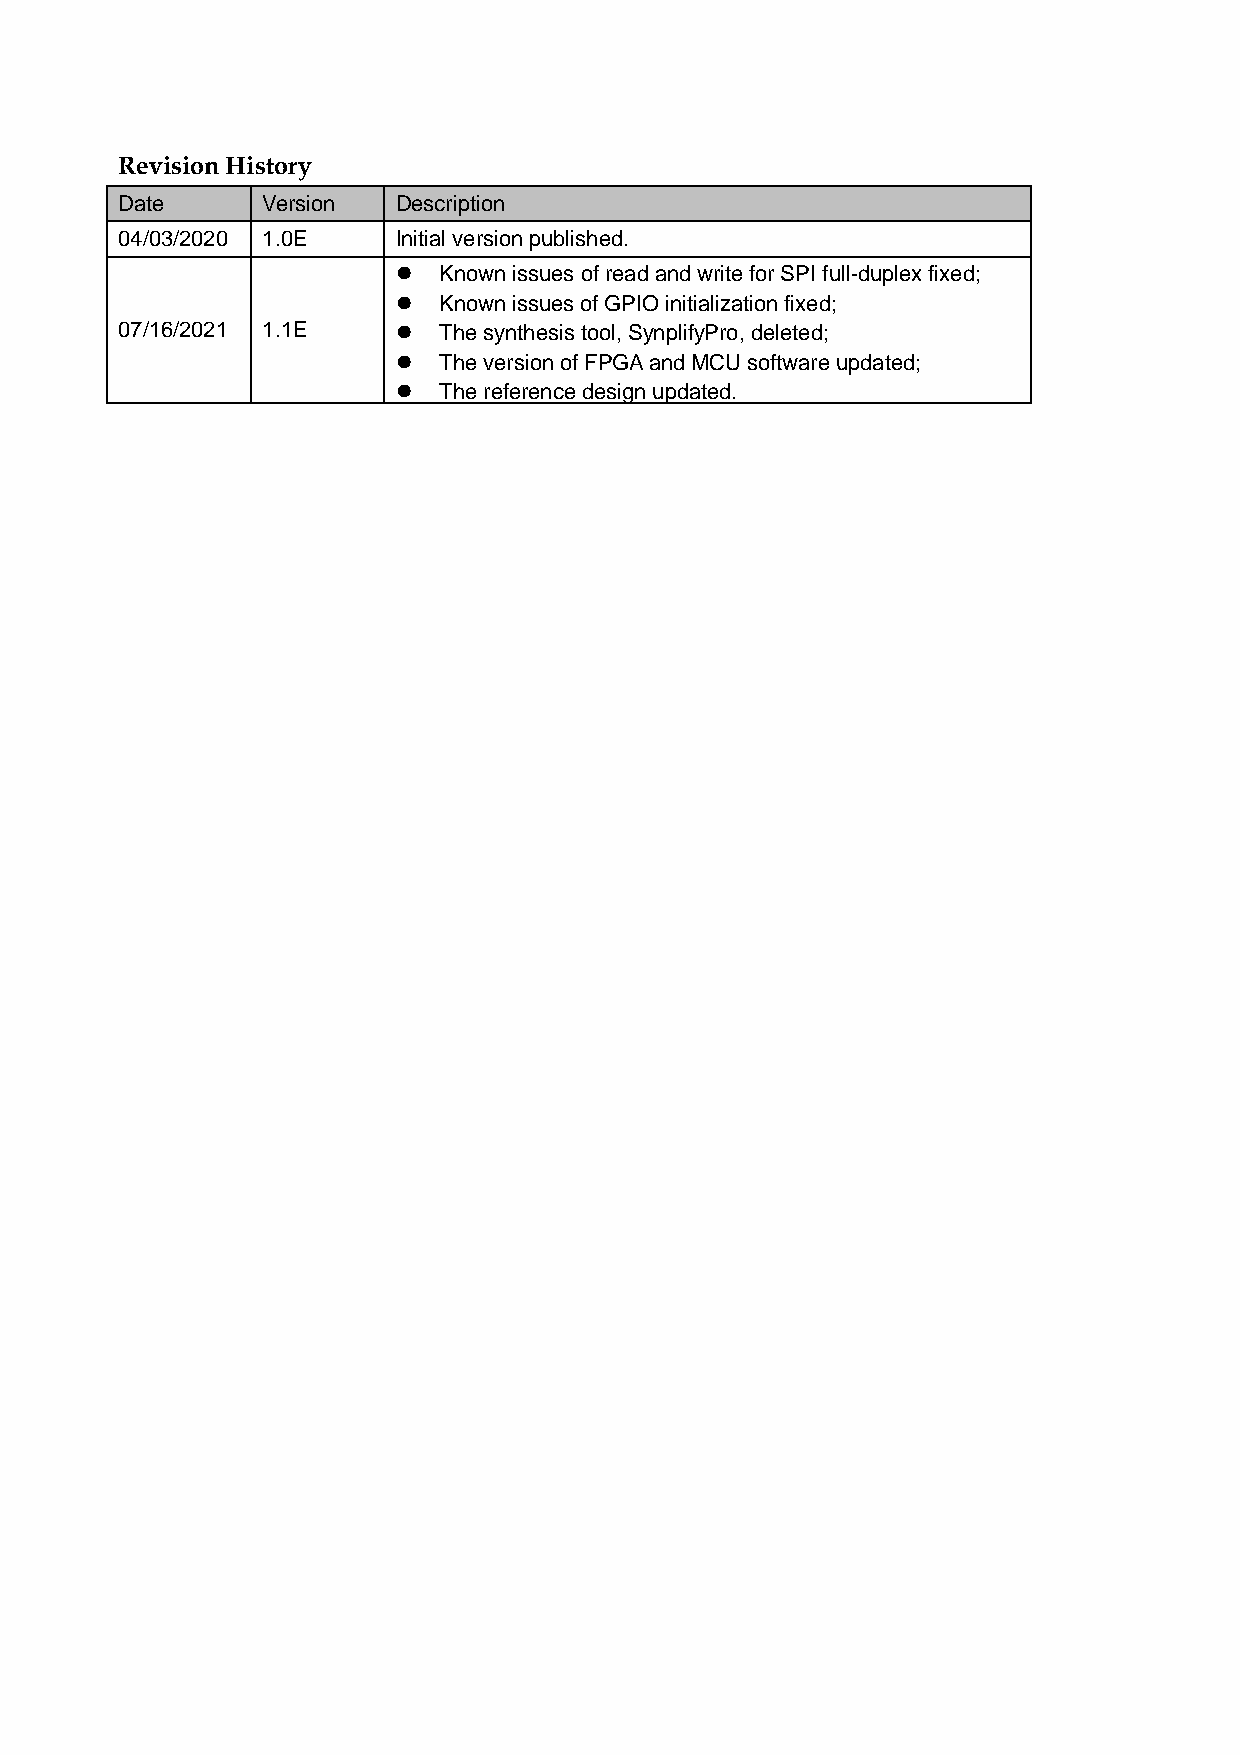
Revision History
 Date     Version  Description
 04/03/2020 1.0E   Initial version published.
   Known issues of read and write for SPI full-duplex fixed;
   Known issues of GPIO initialization fixed;
 07/16/2021 1.1E     The synthesis tool, SynplifyPro, deleted;
   The version of FPGA and MCU software updated;
   The reference design updated.